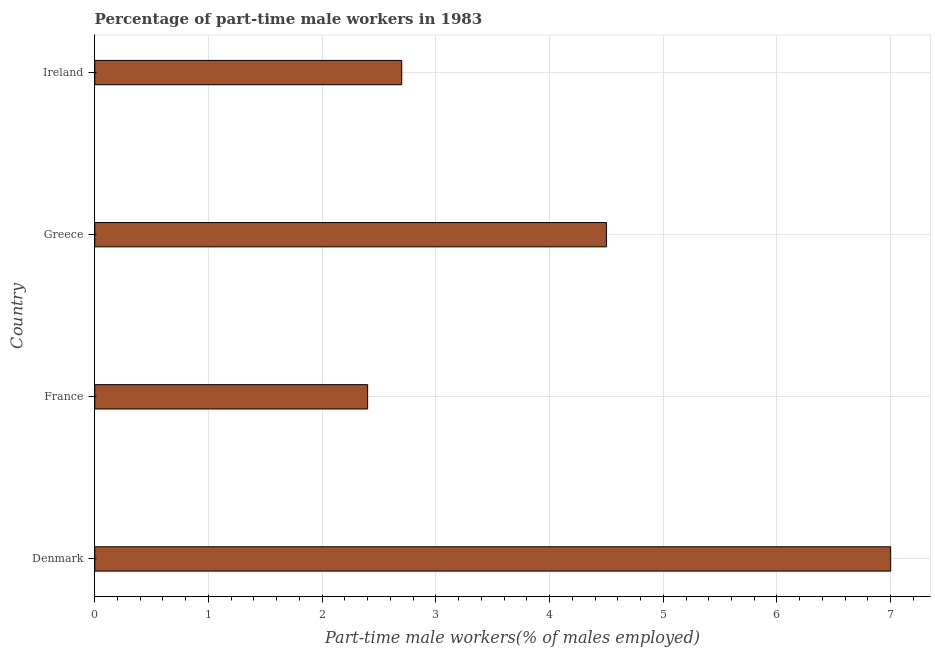
| Country | Part time employment |
 | --- | --- |
 | Denmark | 7 |
 | France | 2.4 |
 | Greece | 4.5 |
 | Ireland | 2.7 |